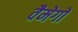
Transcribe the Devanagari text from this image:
वैमेगो